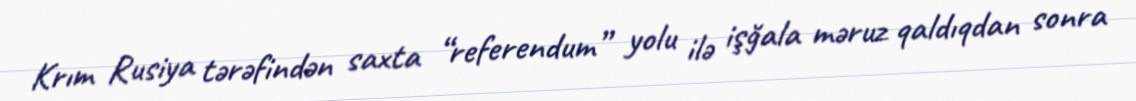
Krım Rusiya tərəfindən saxta “referendum” yolu ilə işğala məruz qaldıqdan sonra